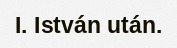
I. István után.